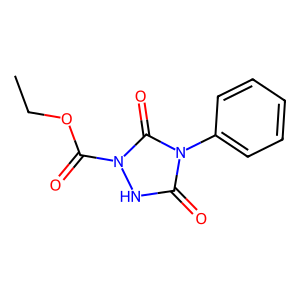
SMILES: CCOC(=O)n1[nH]c(=O)n(-c2ccccc2)c1=O
Inhibits HIV replication: No